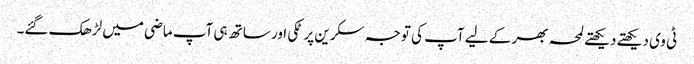
ٹی وی دیکھتے دیکھتے لمحہ بھر کے لیے آپ کی توجہ سکرین پر ٹکی اور ساتھ ہی آپ ماضی میں لڑھک گئے۔